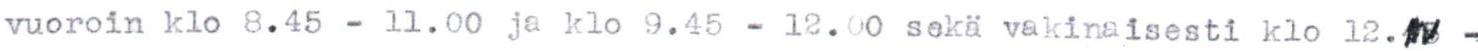
vuoroin klo 8.45 - 11.00 ja klo 9.45 - 12.00 sekä vakinaisesti klo 12.#w -